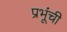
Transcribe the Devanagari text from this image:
प्रभूंची